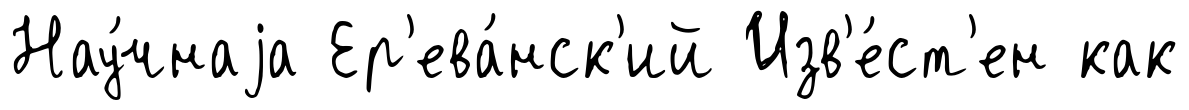
Нау́чнаjа Ер'ева́нск'ий Изв'е́ст'ен как